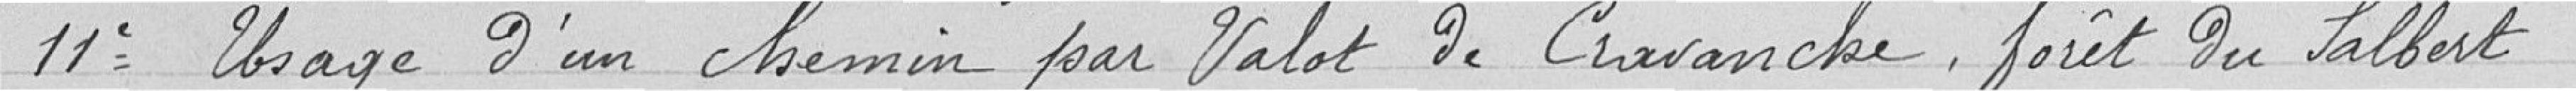
11° Usage d'un chemin par Valot de Cravanche (forêt du Salbert)